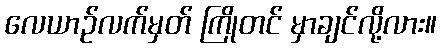
လေယာဉ်လက်မှတ် ကြိုတင် မှာချင်လို့လား။